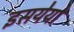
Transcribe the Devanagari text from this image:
इसयेयो